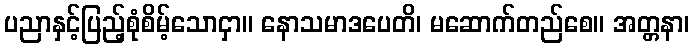
ပညာနှင့်ပြည့်စုံစိမ့်သောငှာ။ နောသမာဒပေတိ၊ မဆောက်တည်စေ။ အတ္တနာ၊